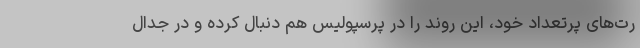
رت‌های پرتعداد خود، این روند را در پرسپولیس هم دنبال کرده و در جدال